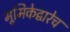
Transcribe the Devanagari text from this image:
भूमिकेद्वारेच